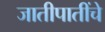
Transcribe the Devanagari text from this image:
जातीपातींचे